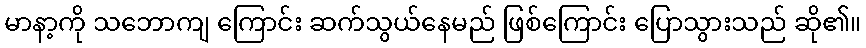
မာနာ့ကို သဘောကျ ကြောင်း ဆက်သွယ်နေမည် ဖြစ်ကြောင်း ပြောသွားသည် ဆို၏။